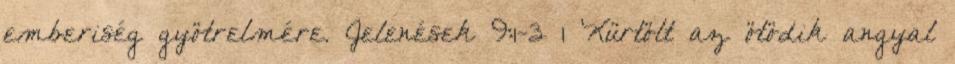
emberiség gyötrelmére. Jelenések 9:1-3 1 Kürtölt az ötödik angyal